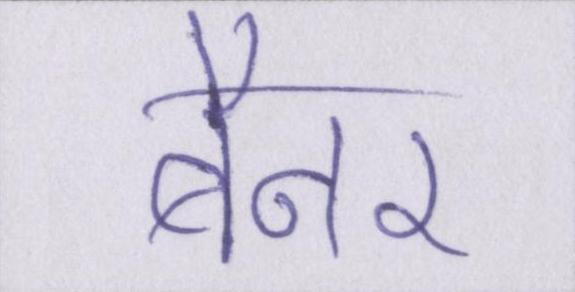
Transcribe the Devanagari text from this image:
बैनर